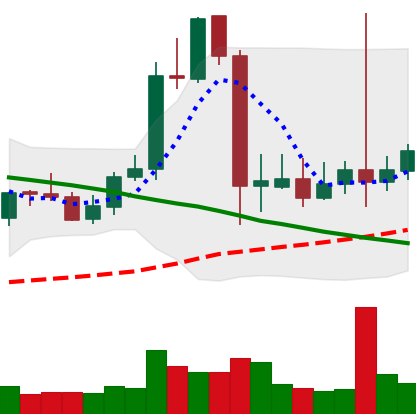
Ticker: LTC-USD
Chart end date: 2021-09-15
Forward return: -17.319%
Label: down_7plus